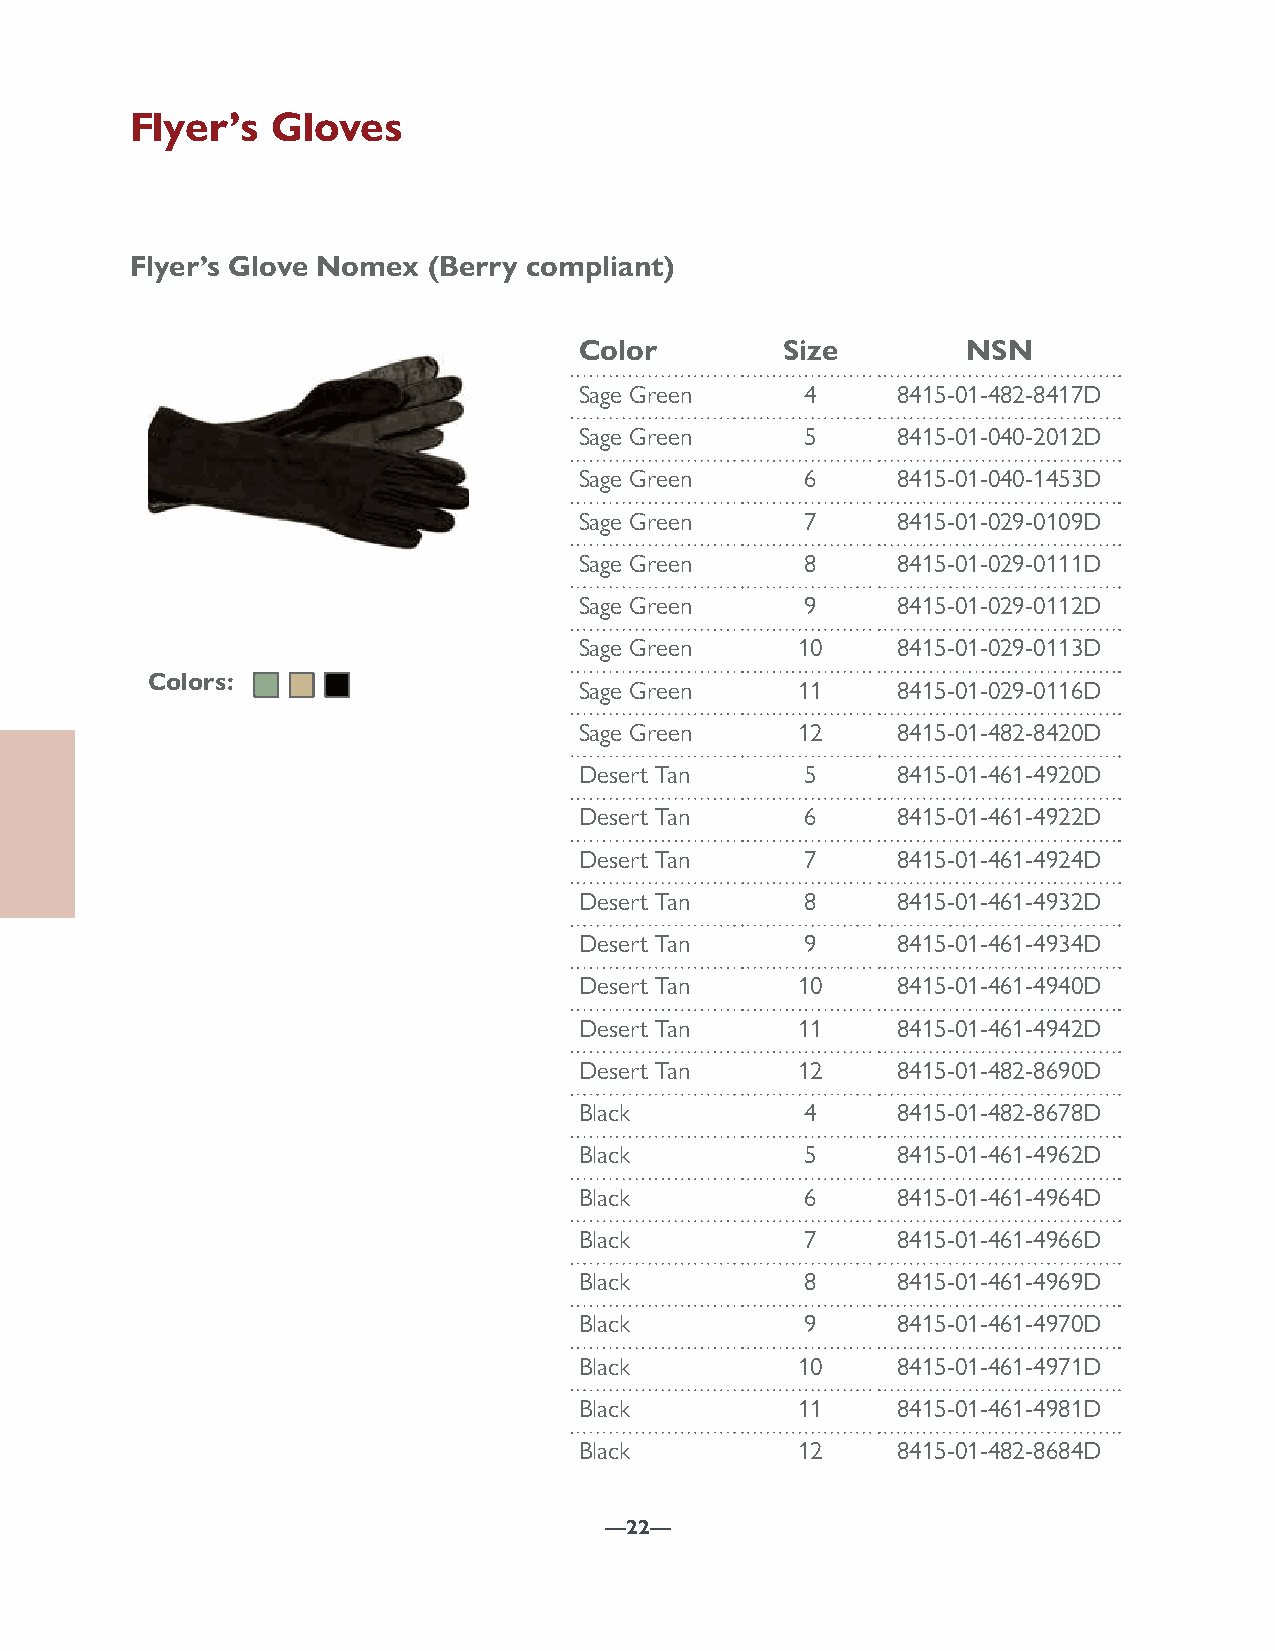
Flyer’s  Gloves
 Flyer’s Glove Nomex (Berry compliant)
 Color         Size        NSN
 Sage Green     4     8415-01-482-8417D
 Sage Green     5     8415-01-040-2012D
 Sage Green     6     8415-01-040-1453D
 Sage Green     7     8415-01-029-0109D
 Sage Green     8     8415-01-029-0111D
 Sage Green     9     8415-01-029-0112D
 Sage Green     10    8415-01-029-0113D
 Colors:
 Sage Green     11    8415-01-029-0116D
 Sage Green     12    8415-01-482-8420D
 Desert Tan     5     8415-01-461-4920D
 Desert Tan     6     8415-01-461-4922D
 Desert Tan     7     8415-01-461-4924D
 Desert Tan     8     8415-01-461-4932D
 Desert Tan     9     8415-01-461-4934D
 Desert Tan     10    8415-01-461-4940D
 Desert Tan     11    8415-01-461-4942D
 Desert Tan     12    8415-01-482-8690D
 Black          4     8415-01-482-8678D
 Black          5     8415-01-461-4962D
 Black          6     8415-01-461-4964D
 Black          7     8415-01-461-4966D
 Black          8     8415-01-461-4969D
 Black          9     8415-01-461-4970D
 Black          10    8415-01-461-4971D
 Black          11    8415-01-461-4981D
 Black          12    8415-01-482-8684D
 —22—